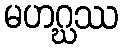
မဟဂ္ဃဿ